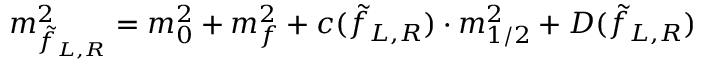
m _ { \tilde { f } _ { L , R } } ^ { 2 } = m _ { 0 } ^ { 2 } + m _ { f } ^ { 2 } + c ( \tilde { f } _ { L , R } ) \cdot m _ { 1 / 2 } ^ { 2 } + D ( \tilde { f } _ { L , R } )